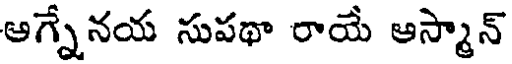
ఆగ్నేనయ సుపథా రాయే ఆస్మాన్